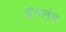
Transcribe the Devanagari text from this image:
इंगलंद